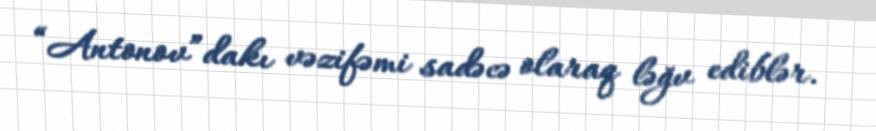
“Antonov”dakı vəzifəmi sadəcə olaraq ləğv ediblər.